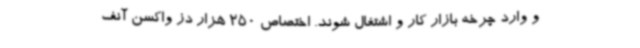
و وارد چرخه بازار کار و اشتغال شوند. اختصاص 250 هزار دز واکسن آنف